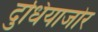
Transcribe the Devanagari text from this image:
दुधियाजोर